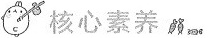
核心素养